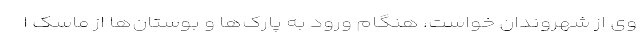
وی از شهروندان خواست، هنگام ورود به پارک‌ها و بوستان‌ها از ماسک ا